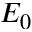
E _ { 0 }